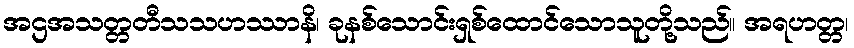
အဌအသတ္တတီသသဟဿာနိ၊ ခုနစ်သောင်းရှစ်ထောင်သောသူတို့သည်။ အရဟတ္တ၊